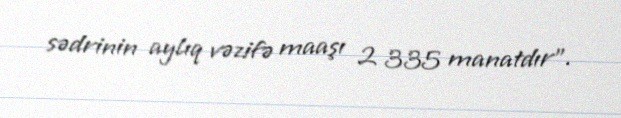
sədrinin aylıq vəzifə maaşı 2 335 manatdır”.